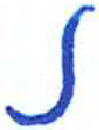
אות: נ